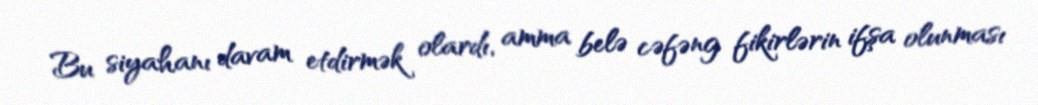
Bu siyahanı davam etdirmək olardı, amma belə cəfəng fikirlərin ifşa olunması